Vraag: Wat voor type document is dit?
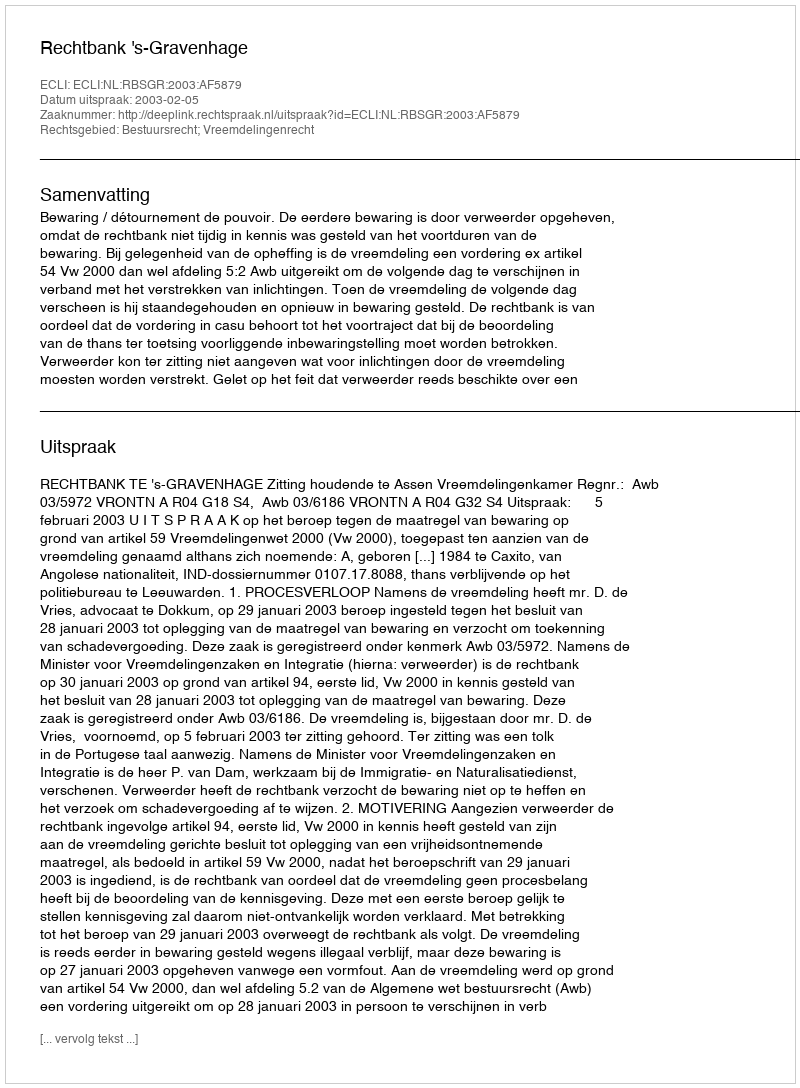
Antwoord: Uitspraak